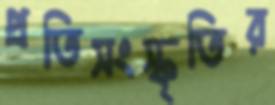
প্রতিসংস্কৃতির